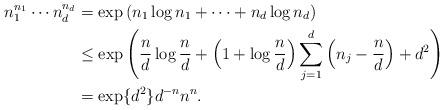
LaTeX: \begin{align*}n_1^{n_1}\cdots n_d^{n_d}&=\exp\left(n_1\log n_1+\cdots+n_d\log n_d\right)\\ &\leq\exp\left(\frac{n}{d}\log\frac{n}{d}+\left(1+\log\frac{n}{d}\right)\sum\limits_{j=1}^d\left(n_j-\frac{n}{d}\right)+d^2\right)\\ &=\exp\{d^2\}d^{-n}n^n.\end{align*}